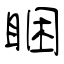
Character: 睏